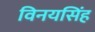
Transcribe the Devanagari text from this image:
विनयसिंह